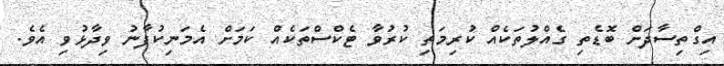
އިގްތިސާދަށް ބޮޑެތި ގެއްލުތަކެއް ކުރިމަތި ކުރުވާ ޓެކްސްތަކެއް ކަމަށް އެމަނިކުފާނު ވިދާޅުވި އެވެ.